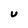
Character: U